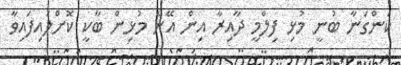
ކަންގަނާ ބުނީ މުޅި ފިލްމީ ދާއިރާ އިން އޭނާ މުޅިން ބާކީ ކޮށްލައިފައިވާ